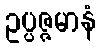
ဥပ္ပဇ္ဇမာနံ